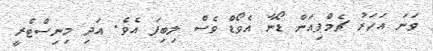
ވަނަ އަހަރު ޗެމްޕިއަން ޑޯނާ އެވޯޑް ވެސް ލިބިފަ އެވެ. އަދި މިނިސްޓްރީ